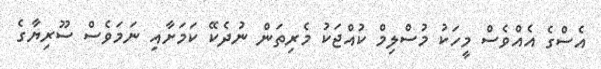
އެސްގެ އެއްވެސް މީހަކު މުސްލިމް ކުއްޖަކު މެރިތަން ނުދެކޭ ކަމަށާއި ނަމަވެސް ސޫރިޔާގެ